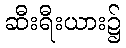
ဆီးရီးယား၌